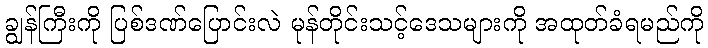
ချွန်ကြီးကို ပြစ်ဒဏ်ပြောင်းလဲ မုန်တိုင်းသင့်ဒေသများကို အထုတ်ခံရမည်ကို